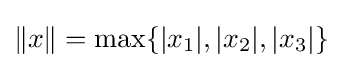
\|x\|=\max\{|x_{1}|,|x_{2}|,|x_{3}|\}